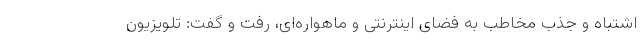
اشتباه و جذبِ مخاطب به فضای اینترنتی و ماهواره‌ای، رفت و گفت: تلویزیون